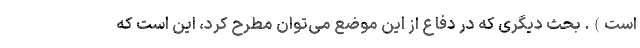
است). بحث دیگری که در دفاع از این موضع می‌توان مطرح کرد، این است که